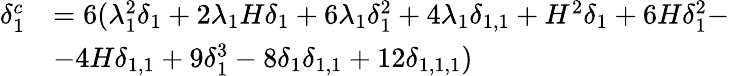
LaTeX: \begin{array}{rl}{\delta_{1}^{c}}&{=6(\lambda_{1}^{2}\delta_{1}+2\lambda_{1}H\delta_{1}+6\lambda_{1}\delta_{1}^{2}+4\lambda_{1}\delta_{1,1}+H^{2}\delta_{1}+6H\delta_{1}^{2}-}\\ &{-4H\delta_{1,1}+9\delta_{1}^{3}-8\delta_{1}\delta_{1,1}+12\delta_{1,1,1})}\end{array}